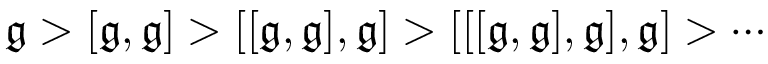
{ \mathfrak { g } } > [ { \mathfrak { g } } , { \mathfrak { g } } ] > [ [ { \mathfrak { g } } , { \mathfrak { g } } ] , { \mathfrak { g } } ] > [ [ [ { \mathfrak { g } } , { \mathfrak { g } } ] , { \mathfrak { g } } ] , { \mathfrak { g } } ] > \cdots